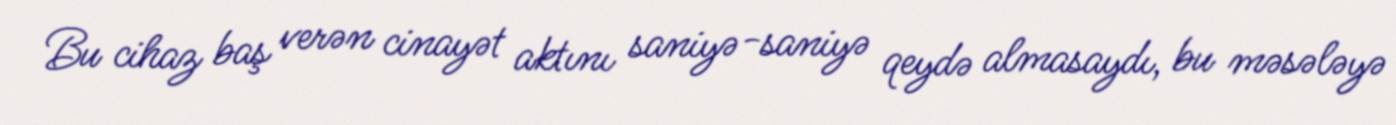
Bu cihaz baş verən cinayət aktını saniyə-saniyə qeydə almasaydı, bu məsələyə